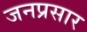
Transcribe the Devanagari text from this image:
जनप्रसार